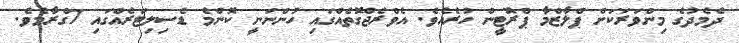
ދެމެދުގެ މިންވަރަކަށް ޕްލާޒްމާ ޕްރޮޓީން ހުރެއެވެ. އެވްރެޖްގޮތެއްގައި ހުންނަނީ ކޮންމެ ޑެސިލިޓަރެއްގައި 7ގްރާމެވެ.